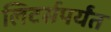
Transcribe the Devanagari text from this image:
लिटर्सपर्यंत